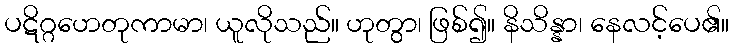
ပဋိဂ္ဂဟေတုကာမာ၊ ယူလိုသည်။ ဟုတွာ၊ ဖြစ်၍။ နိသိန္နာ၊ နေလင့်ပေ၏။